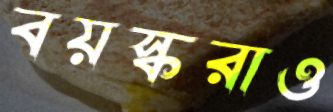
বয়স্করাও